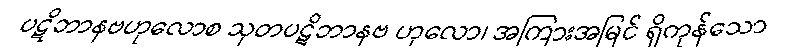
ပဋိဘာနဗဟုလောစ သုတပဋိဘာနဗ ဟုလော၊ အကြားအမြင် ရှိကုန်သော